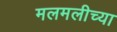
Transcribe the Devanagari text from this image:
मलमलीच्या